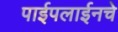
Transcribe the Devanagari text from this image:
पाईपलाईनचे